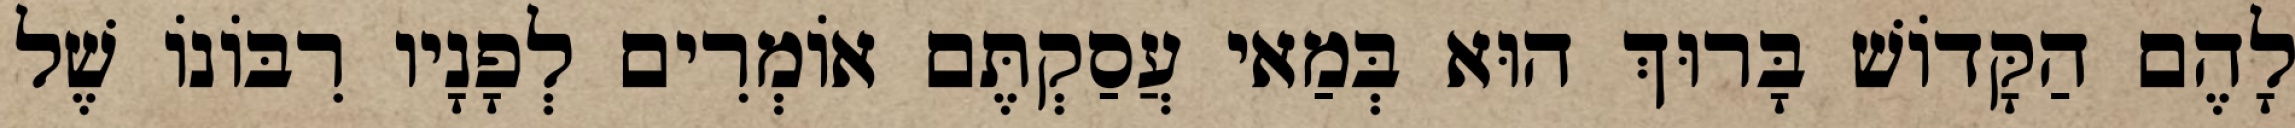
לָהֶם הַקָּדוֹשׁ בָּרוּךְ הוּא בְּמַאי עֲסַקְתֶּם אוֹמְרִים לְפָנָיו רִבּוֹנוֹ שֶׁל